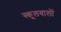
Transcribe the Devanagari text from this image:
स्कूलवालों